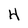
Character: H